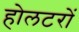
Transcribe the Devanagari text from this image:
होलटरों